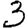
Digit: 3